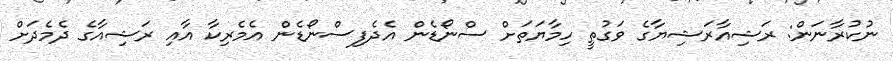
ނުކުރާނަން: ރަޝިއާރަޝިޔާގެ ވަގުތީ ހިމާޔަތަށް ސްނޯޑެން އެދެފިސްނޯޑެން އެމެރިކާ އާއި ރަޝިއާގެ ދެމެދަށް